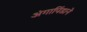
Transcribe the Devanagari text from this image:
अंगापिंडाने